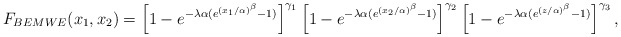
\begin{align*}F_{BEMWE}(x_{1},x_{2})=\left[ 1-e^{-\lambda \alpha (e^{(x_{1}/\alpha)^{\beta }}-1)}\right] ^{\gamma _{1}}\left[ 1-e^{-\lambda \alpha(e^{(x_{2}/\alpha )^{\beta }}-1)}\right] ^{\gamma _{2}}\left[ 1-e^{-\lambda\alpha (e^{(z/\alpha )^{\beta }}-1)}\right] ^{\gamma _{3}}, \end{align*}